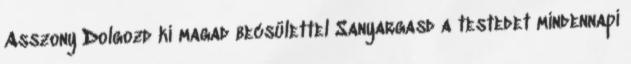
Asszony Dolgozd ki magad becsülettel Sanyargasd a testedet mindennapi